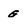
Character: G